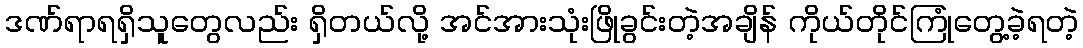
ဒဏ်ရာရရှိသူတွေလည်း ရှိတယ်လို့ အင်အားသုံးဖြိုခွင်းတဲ့အချိန် ကိုယ်တိုင်ကြုံတွေ့ခဲ့ရတဲ့